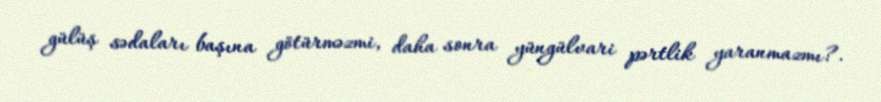
gülüş sədaları başına götürməzmi, daha sonra yüngülvari pərtlik yaranmazmı?.